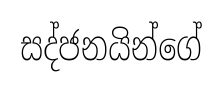
සද්ජනයින්ගේ